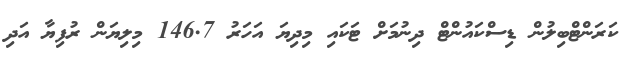
ކަރަންޓްބިިލުން ޑިސްކައުންޓް ދިނުމަށް ޓަކައި މިދިޔަ އަހަރު 146.7 މިލިޔަން ރުފިޔާ އަދި